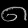
Digit: ၈